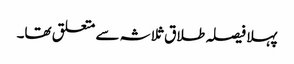
پہلا فیصلہ طلاق ثلاثہ سے متعلق تھا۔